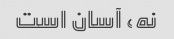
نه، آسان است